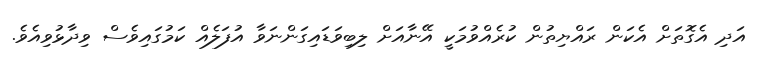
އަދި އެގޮތަށް އެކަން ރައްޔިތުން ކުރެއްވުމަކީ އޭނާއަށް ލިބިވަޑައިގަންނަވާ އުފަލެއް ކަމުގައިވެސް ވިދާޅުވިއެވެ.